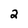
Character: 2